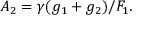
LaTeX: A _ { 2 } = \gamma ( g _ { 1 } + g _ { 2 } ) / F _ { 1 } \/ .